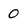
Character: 0